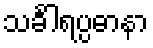
သင်္ခါရပ္ပဓာနာ